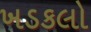
ખડકલો